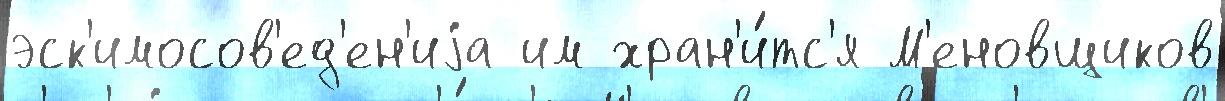
эск'имосов'ед'ен'иjа им хран'и́тс'я М'еновщиков